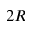
2 R